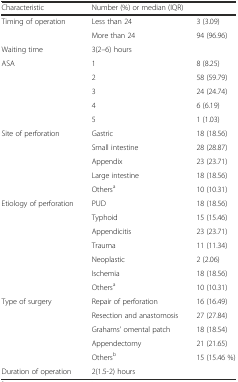
| Characteristic | <COLSPAN=2> Number (%) or median (IQR) |
 | --- | --- | --- |
 | <ROWSPAN=2> Timing of operation | Less than 24 | 3 (3.09) |
 | More than 24 | 94 (96.96) |
 | Waiting time | <COLSPAN=2> 3(2–6) hours |
 | <ROWSPAN=5> ASA | 1 | 8 (8.25) |
 | 2 | 58 (59.79) |
 | 3 | 24 (24.74) |
 | 4 | 6 (6.19) |
 | 5 | 1 (1.03) |
 | <ROWSPAN=5> Site of perforation | Gastric | 18 (18.56) |
 | Small intestine | 28 (28.87) |
 | Appendix | 23 (23.71) |
 | Large intestine | 18 (18.56) |
 | Othersa | 10 (10.31) |
 | <ROWSPAN=7> Etiology of perforation | PUD | 18 (18.56) |
 | Typhoid | 15 (15.46) |
 | Appendicitis | 23 (23.71) |
 | Trauma | 11 (11.34) |
 | Neoplastic | 2 (2.06) |
 | Ischemia | 18 (18.56) |
 | Othersa | 10 (10.31) |
 | <ROWSPAN=5> Type of surgery | Repair of perforation | 16 (16.49) |
 | Resection and anastomosis | 27 (27.84) |
 | Grahams’ omental patch | 18 (18.54) |
 | Appendectomy | 21 (21.65) |
 | Othersb | 15 (15.46 %) |
 | Duration of operation | <COLSPAN=2> 2(1.5-2) hours |